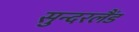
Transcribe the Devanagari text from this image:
सुन्दरलैंड